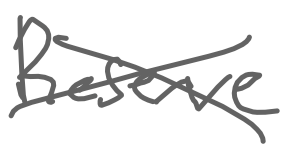
Text: Reserve
Cross-out: cross
Writing tool: digital_gray